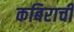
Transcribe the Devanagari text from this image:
कबिराची